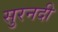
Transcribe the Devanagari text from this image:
सुरनदी